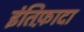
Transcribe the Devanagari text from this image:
इंतिफ़ादा